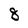
Character: 8